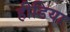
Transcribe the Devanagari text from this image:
हीडिया